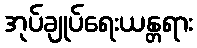
အုပ်ချုပ်ရေးယန္တရား